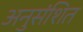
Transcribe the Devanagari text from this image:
अनुसंशित